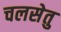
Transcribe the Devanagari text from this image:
चलसेतु